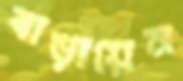
বাড়ায়েন